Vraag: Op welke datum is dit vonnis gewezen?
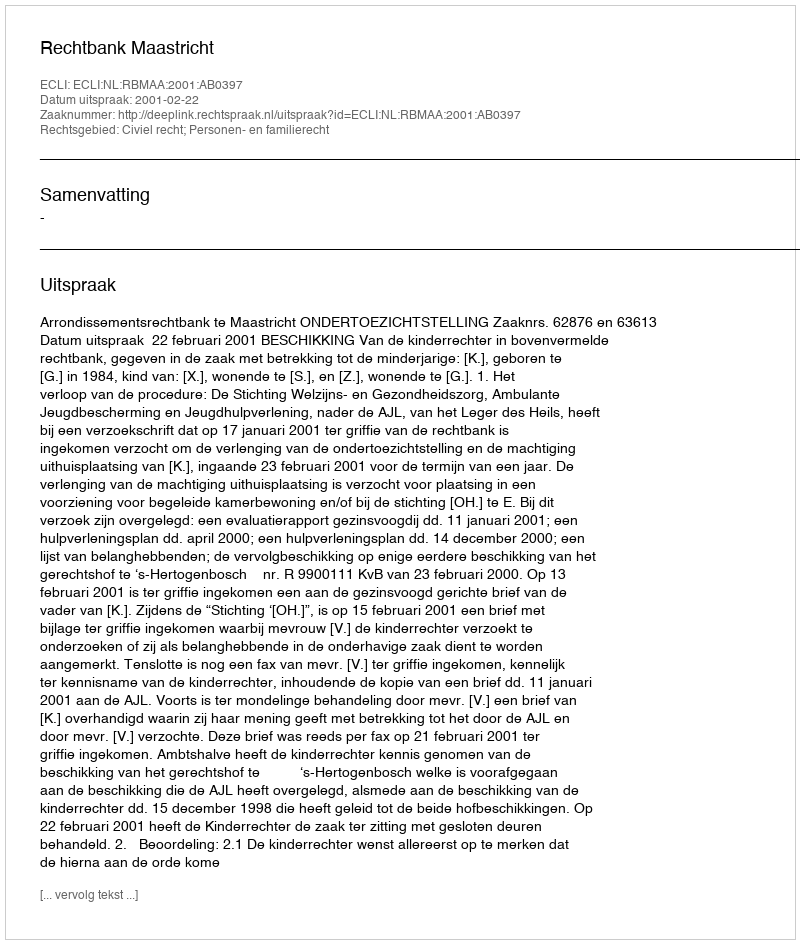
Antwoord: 2001-02-22